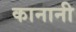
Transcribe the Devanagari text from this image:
कानानी